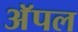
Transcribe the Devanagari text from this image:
अॅपल